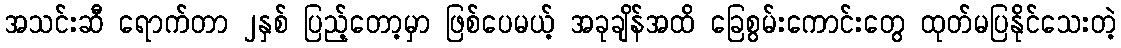
အသင်းဆီ ရောက်တာ ၂နှစ် ပြည့်တော့မှာ ဖြစ်ပေမယ့် အခုချိန်အထိ ခြေစွမ်းကောင်းတွေ ထုတ်မပြနိုင်သေးတဲ့